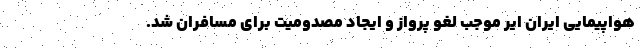
هواپیمایی ایران ایر موجب لغو پرواز و ایجاد مصدومیت برای مسافران شد.